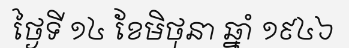
ថ្ងៃទី ១៤ ខែមិថុនា ឆ្នាំ ១៩៤៦